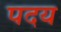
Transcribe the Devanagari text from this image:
पदय